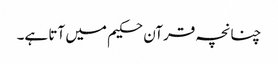
چنانچہ قرآن حکیم میں آتا ہے۔